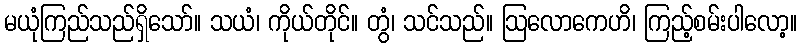
မယုံကြည်သည်ရှိသော်။ သယံ၊ ကိုယ်တိုင်။ တွံ၊ သင်သည်။ ဩလောကေဟိ၊ ကြည့်စမ်းပါလော့။